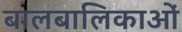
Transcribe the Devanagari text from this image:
बालबालिकाओं